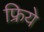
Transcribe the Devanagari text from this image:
फ्रिये